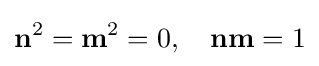
{\mathbf {n}}^{2}={\mathbf {m}}^{2}=0,\quad {\mathbf {nm}}=1